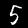
Label: 5